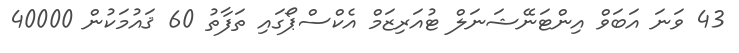
43 ވަނަ އަބަވް އިންޓަނޭޝަނަލް ޓުއަރިޒަމް އެކްސްޕޯގައި ތަފާތު 60 ޤައުމަކުން 40000